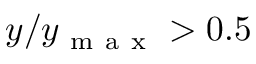
y / y _ { \mathrm { ~ m ~ a ~ x ~ } } > 0 . 5